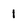
Character: 1